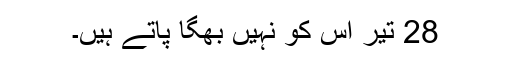
28 تیر اس کو نہیں بھگا پاتے ہیں۔